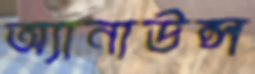
অ্যানাউন্স